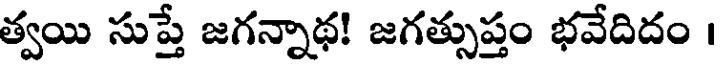
త్వయి సుప్తే జగన్నాథ! జగత్సుప్తం భవేదిదం ।